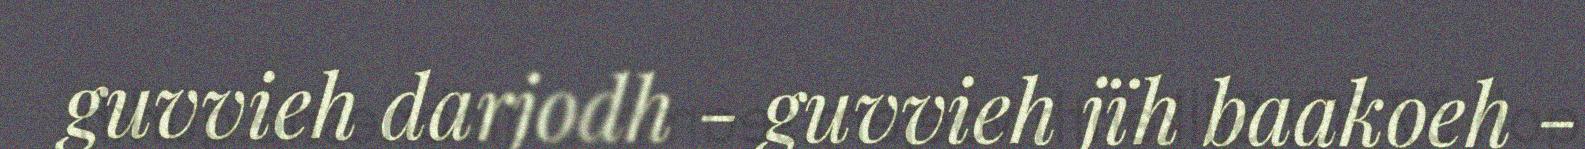
guvvieh darjodh - guvvieh jïh baakoeh -